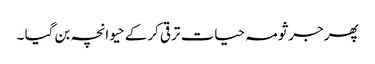
پھر جرثومہ حیات ترقی کرکے حیوانچہ بن گیا ۔